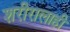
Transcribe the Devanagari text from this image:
शरीरालाही